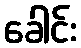
ခေါင်း